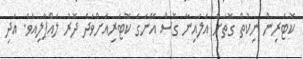
ކޮޓަރިން ނިކުތް ގޮތަށް އަލައިނާ ގޮސް އޭނަގެ ކޮޓަރިއަށްވަދެ ދޮރު ލައްޕާލިއެވެ. އަދި